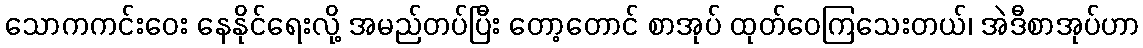
သောကကင်းဝေး နေနိုင်ရေးလို့ အမည်တပ်ပြီး တော့တောင် စာအုပ် ထုတ်ဝေကြသေးတယ်၊ အဲဒီစာအုပ်ဟာ